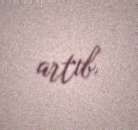
artıb.